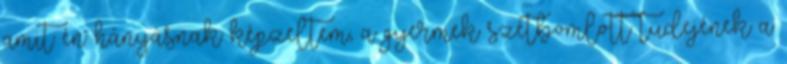
amit én hányásnak képzeltem, a gyermek szétbomlott tüdejének a